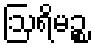
ဩရိမဉ္စ